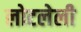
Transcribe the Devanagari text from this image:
लोटलेली